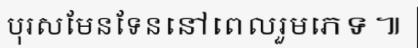
បុរសមែនទែននៅពេលរួមភេទ៕